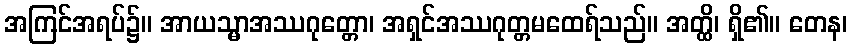
အကြင်အရပ်၌။ အာယသ္မာအဿဂုတ္တော၊ အရှင်အဿဂုတ္တမထေရ်သည်။ အတ္ထိ၊ ရှိ၏။ တေန၊